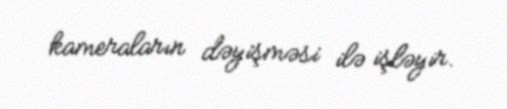
kameraların dəyişməsi ilə işləyir.